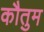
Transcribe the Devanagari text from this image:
कौतुम